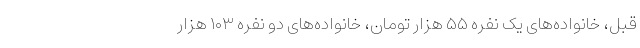
قبل، خانواده‌های یک نفره ۵۵ هزار تومان، خانواده‌های دو نفره ۱۰۳ هزار